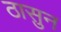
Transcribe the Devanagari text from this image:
ठासुन